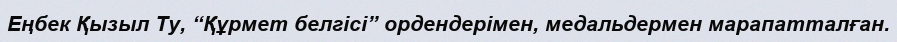
Еңбек Қызыл Ту, “Құрмет белгісі” ордендерімен, медальдермен марапатталған.